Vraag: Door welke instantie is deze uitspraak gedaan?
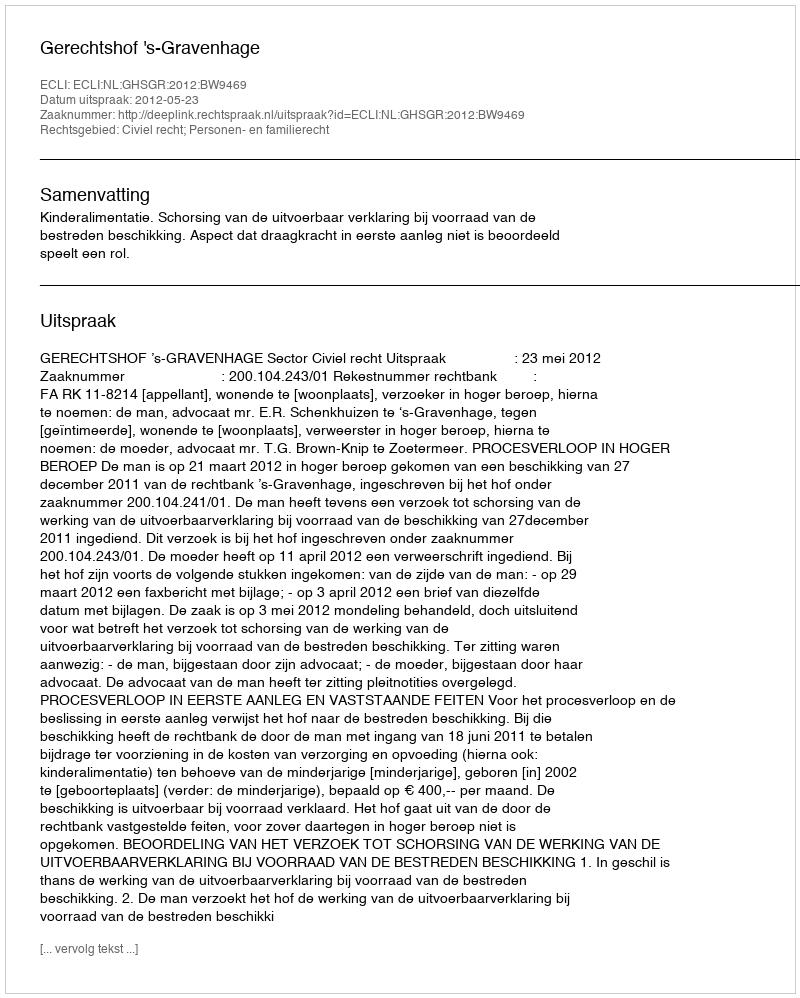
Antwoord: Gerechtshof 's-Gravenhage